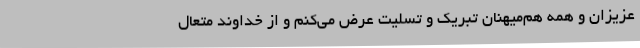
عزیزان و همه هم‌میهنان تبریک و تسلیت عرض می‌کنم و از خداوند متعال